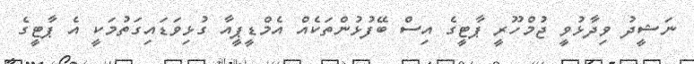
ނަޝީދު ވިދާޅުވީ ޖުމްހޫރީ ޕާޓީގެ އިސް ބޭފުޅުންތަކެއް އެމްޑީޕީއާ ގުޅިވަޑައިގަތުމަކީ އެ ޕާޓީގެ